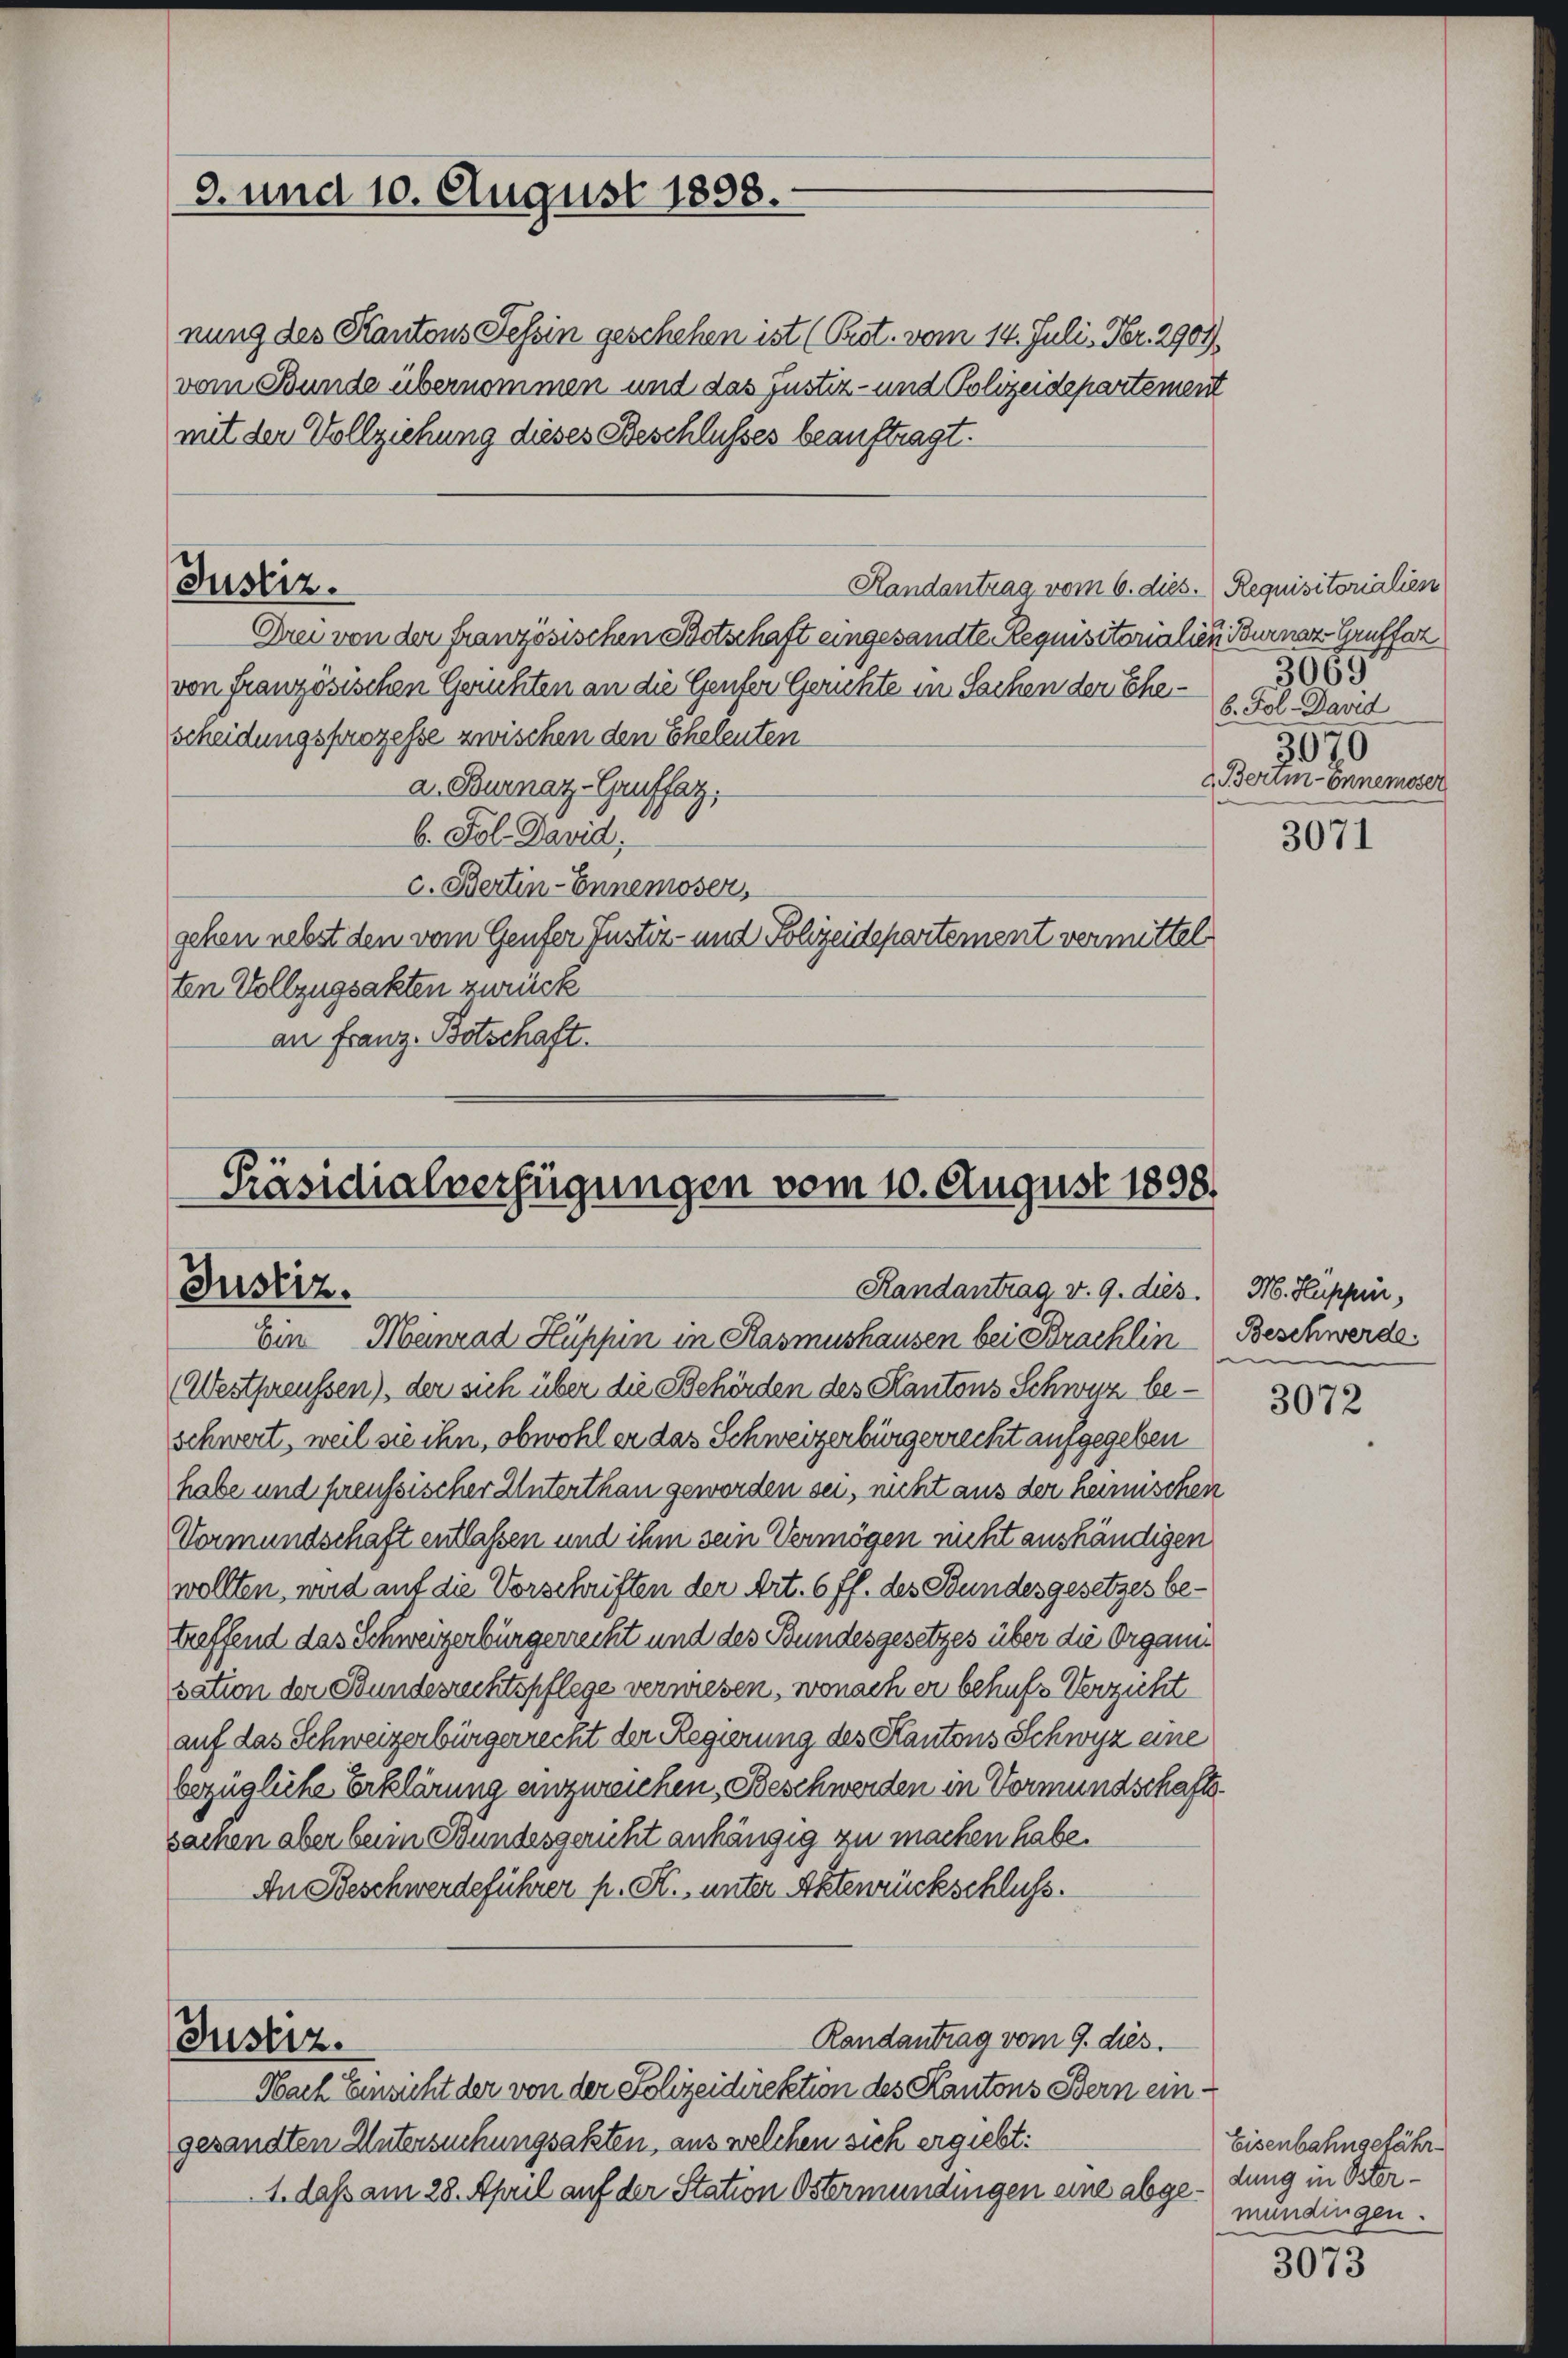
3. und 10. August 1898.

Justiz.

nung des Kantons Tessin geschehen ist (Post. vom 14. Juli, Fr. 2907
vom Bunde übernommen und das Justiz- und Polizeidepartement
mit der Vollziehung dieses Beschlusses beauftragt.
Handantrag vom 6. dies. Requisitorialien
Drei von der französischen Botschaft eingesandte Requisitorialien Burner-Gruffer
von französischen Gerüchten an die Genfer Gerichte in Sachen der Ehescheidungsprozesse zwischen den Eheleuten
a. Burnaz-Grufsatz,
b. Fol. David,
c. Bertin-Ennemoser,
gehen nebst den vom Genfer Justiz- und Polizeidepartement vermittel
ten Vollzugsakten zurück
an Franz. Botschaft.

Präsidialverfügungen vom 10. August 1898.
Justiz.
Handantrag v. 9. dies. M. Kuppin,
Ein Meinrad Hüpfen in Kasmushausen bei Brachlin Beschwerde

(Westpreussen), der sich über die Behörden des Kantons Schwyz beschwert, weil sie ihn, obwohl er das Schweizerbürgerrecht aufgegeben
habe und preussischer Unterthan geworden sei, nicht aus der hämischen
Vormundschaft entlassen und ihm sein Vermögen nicht aushändigen
wollten, wird auf die Vorschriften der Art. 6 ff. des Bundesgesetzes betreffend das Schweizerbürgerrecht und des Bundesgesetzes über die Organisation der Bundesrechtspflege verwiesen, wonach er behufs Verzicht
auf das Schweizerbürgerrecht der Regierung des Kantons Schwyz eine
bezügliche Erklärung einzureichen, Beschwerden in Vormundschaftssachen aber beim Bundesgericht anhängig zu machen habe.
An Beschwerdeführer p. K. unter Aktenrückschluss.
Randantrag vom 9. dies.
Justiz.
Nach Einsicht der von der Polizeidirektion des Kantons Bern eingesandten Untersuchungsakten, aus welchen sich ergiebt:
1. daß am 28. April auf der Station Östermündingen eine abge¬

3065
6. Fol. David
3070
Bertionnemoser

3071

3072

Eisenbahngefähr
dung in Östermündingen.

3073